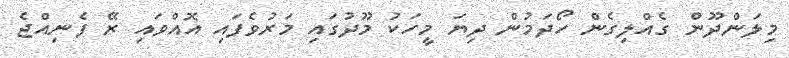
މިލަންދޫން ގެއްލިގެން ހޯދަމުން ދިޔަ މީހަކު މޫދުގައި މަރުވެފައި އޮއްވައި ރޭ ފެނިއްޖެ